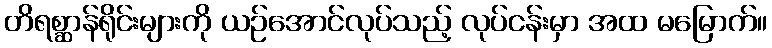
တိရစ္ဆာန်ရိုင်းများကို ယဉ်အောင်လုပ်သည့် လုပ်ငန်းမှာ အထ မမြောက်။